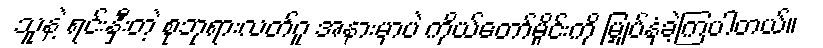
သူနဲ့ ရင်းနှီးတဲ့ စုဘုရားလတ်ဂူ အနားမှာပဲ ကိုယ်တော်မှိုင်းကို မြှုပ်နှံခဲ့ကြပါတယ်။